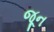
જૂન